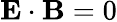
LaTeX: \mathbf{E}\cdot\mathbf{B}=0